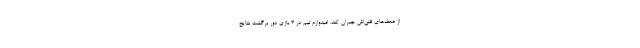
از ضعف‌های فنی‌اش جبران کند. امیدوارم تیم در 3 بازی دور برگشت نتایج